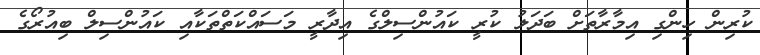
ކުރިން ހިންގި އިމާރާތަށް ބަދަލު ކުރީ ކައުންސިލްގެ އިދާރީ މަސައްކަތްތަކާއި ކައުންސިލް ބިއުރޯގެ